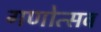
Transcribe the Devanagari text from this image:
गणोत्सव